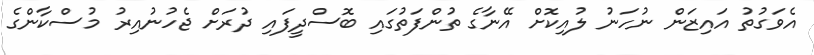
އެވަގުތު އައިޒަން ނުހަނު ލުއިކޮށް އޭނާގެ ތުންފަތުގައި ބޮސްދީފައި ދުރަށް ޖެހުނުއިރު މުސްކާންގެ